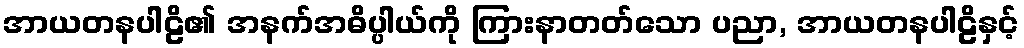
အာယတနပါဠိ၏ အနက်အဓိပ္ပါယ်ကို ကြားနာတတ်သော ပညာ, အာယတနပါဠိနှင့်